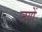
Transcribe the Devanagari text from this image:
जयों